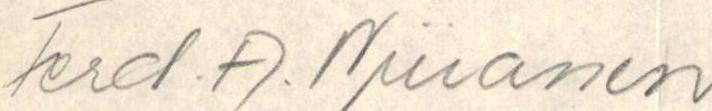
Ferd. A. Niiranen